Bréfritari: Lárus Bjarnason
Dagsetning: A-1874-08-29
Skrifað á: Vesturheimi

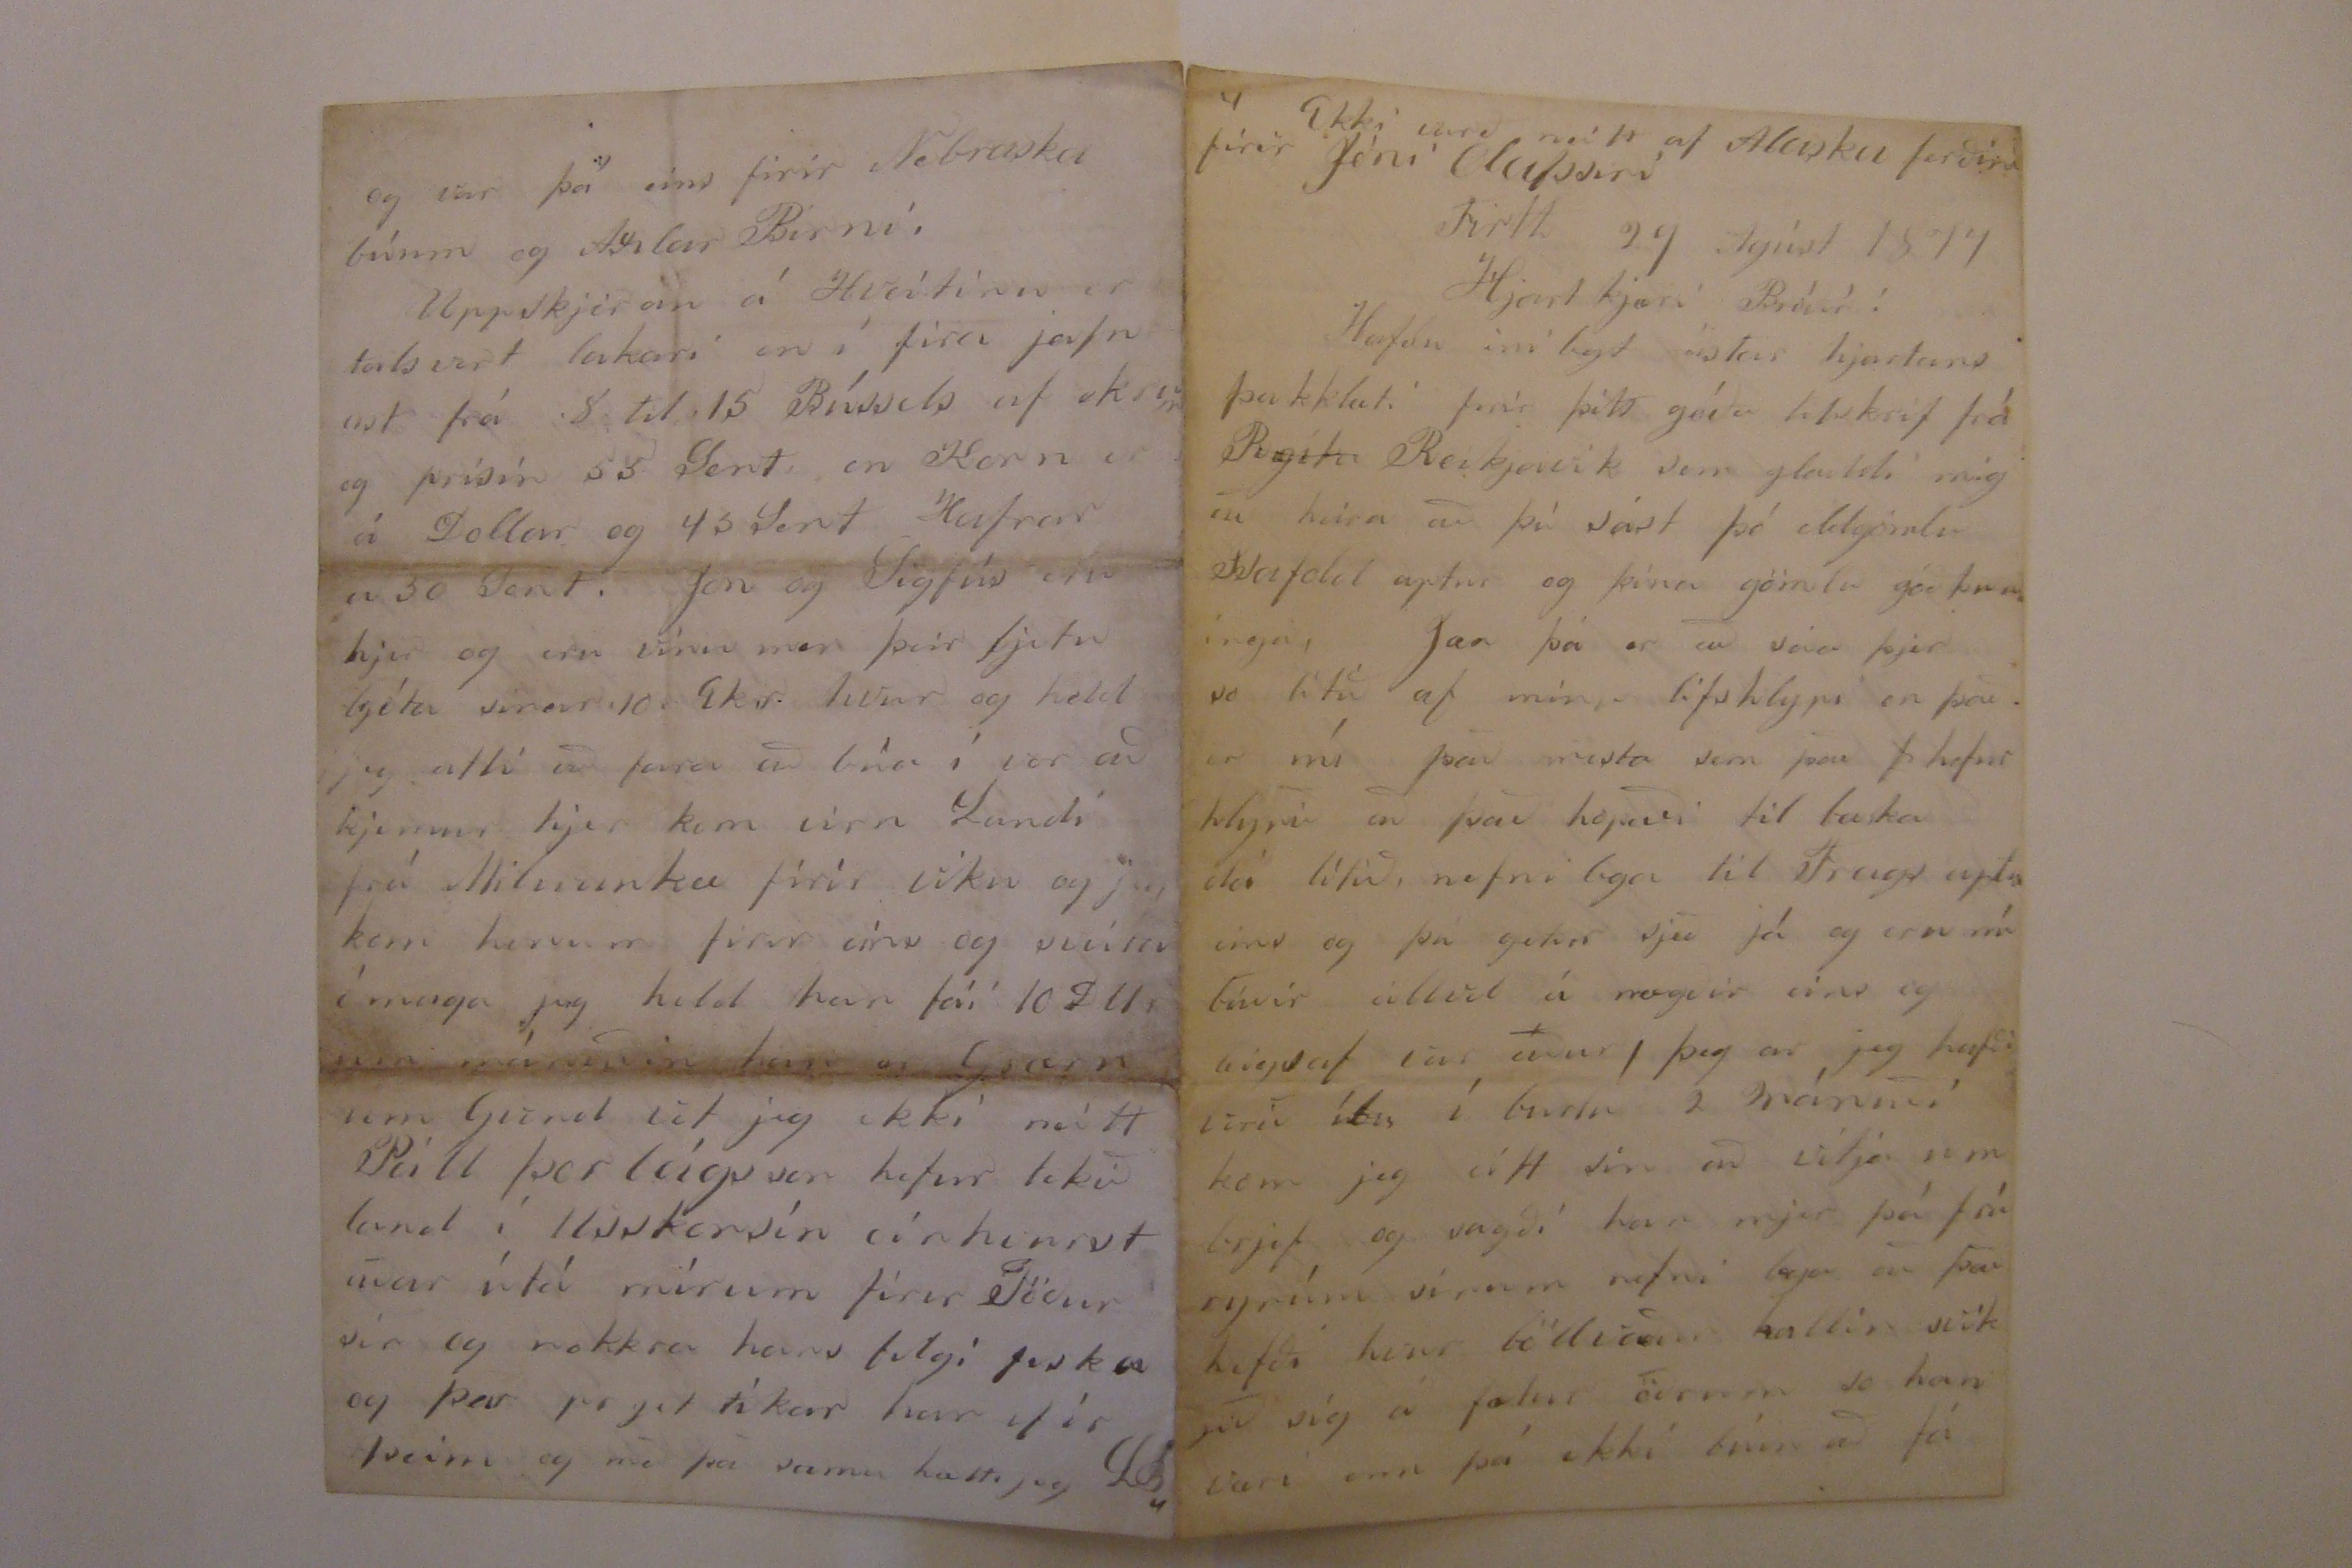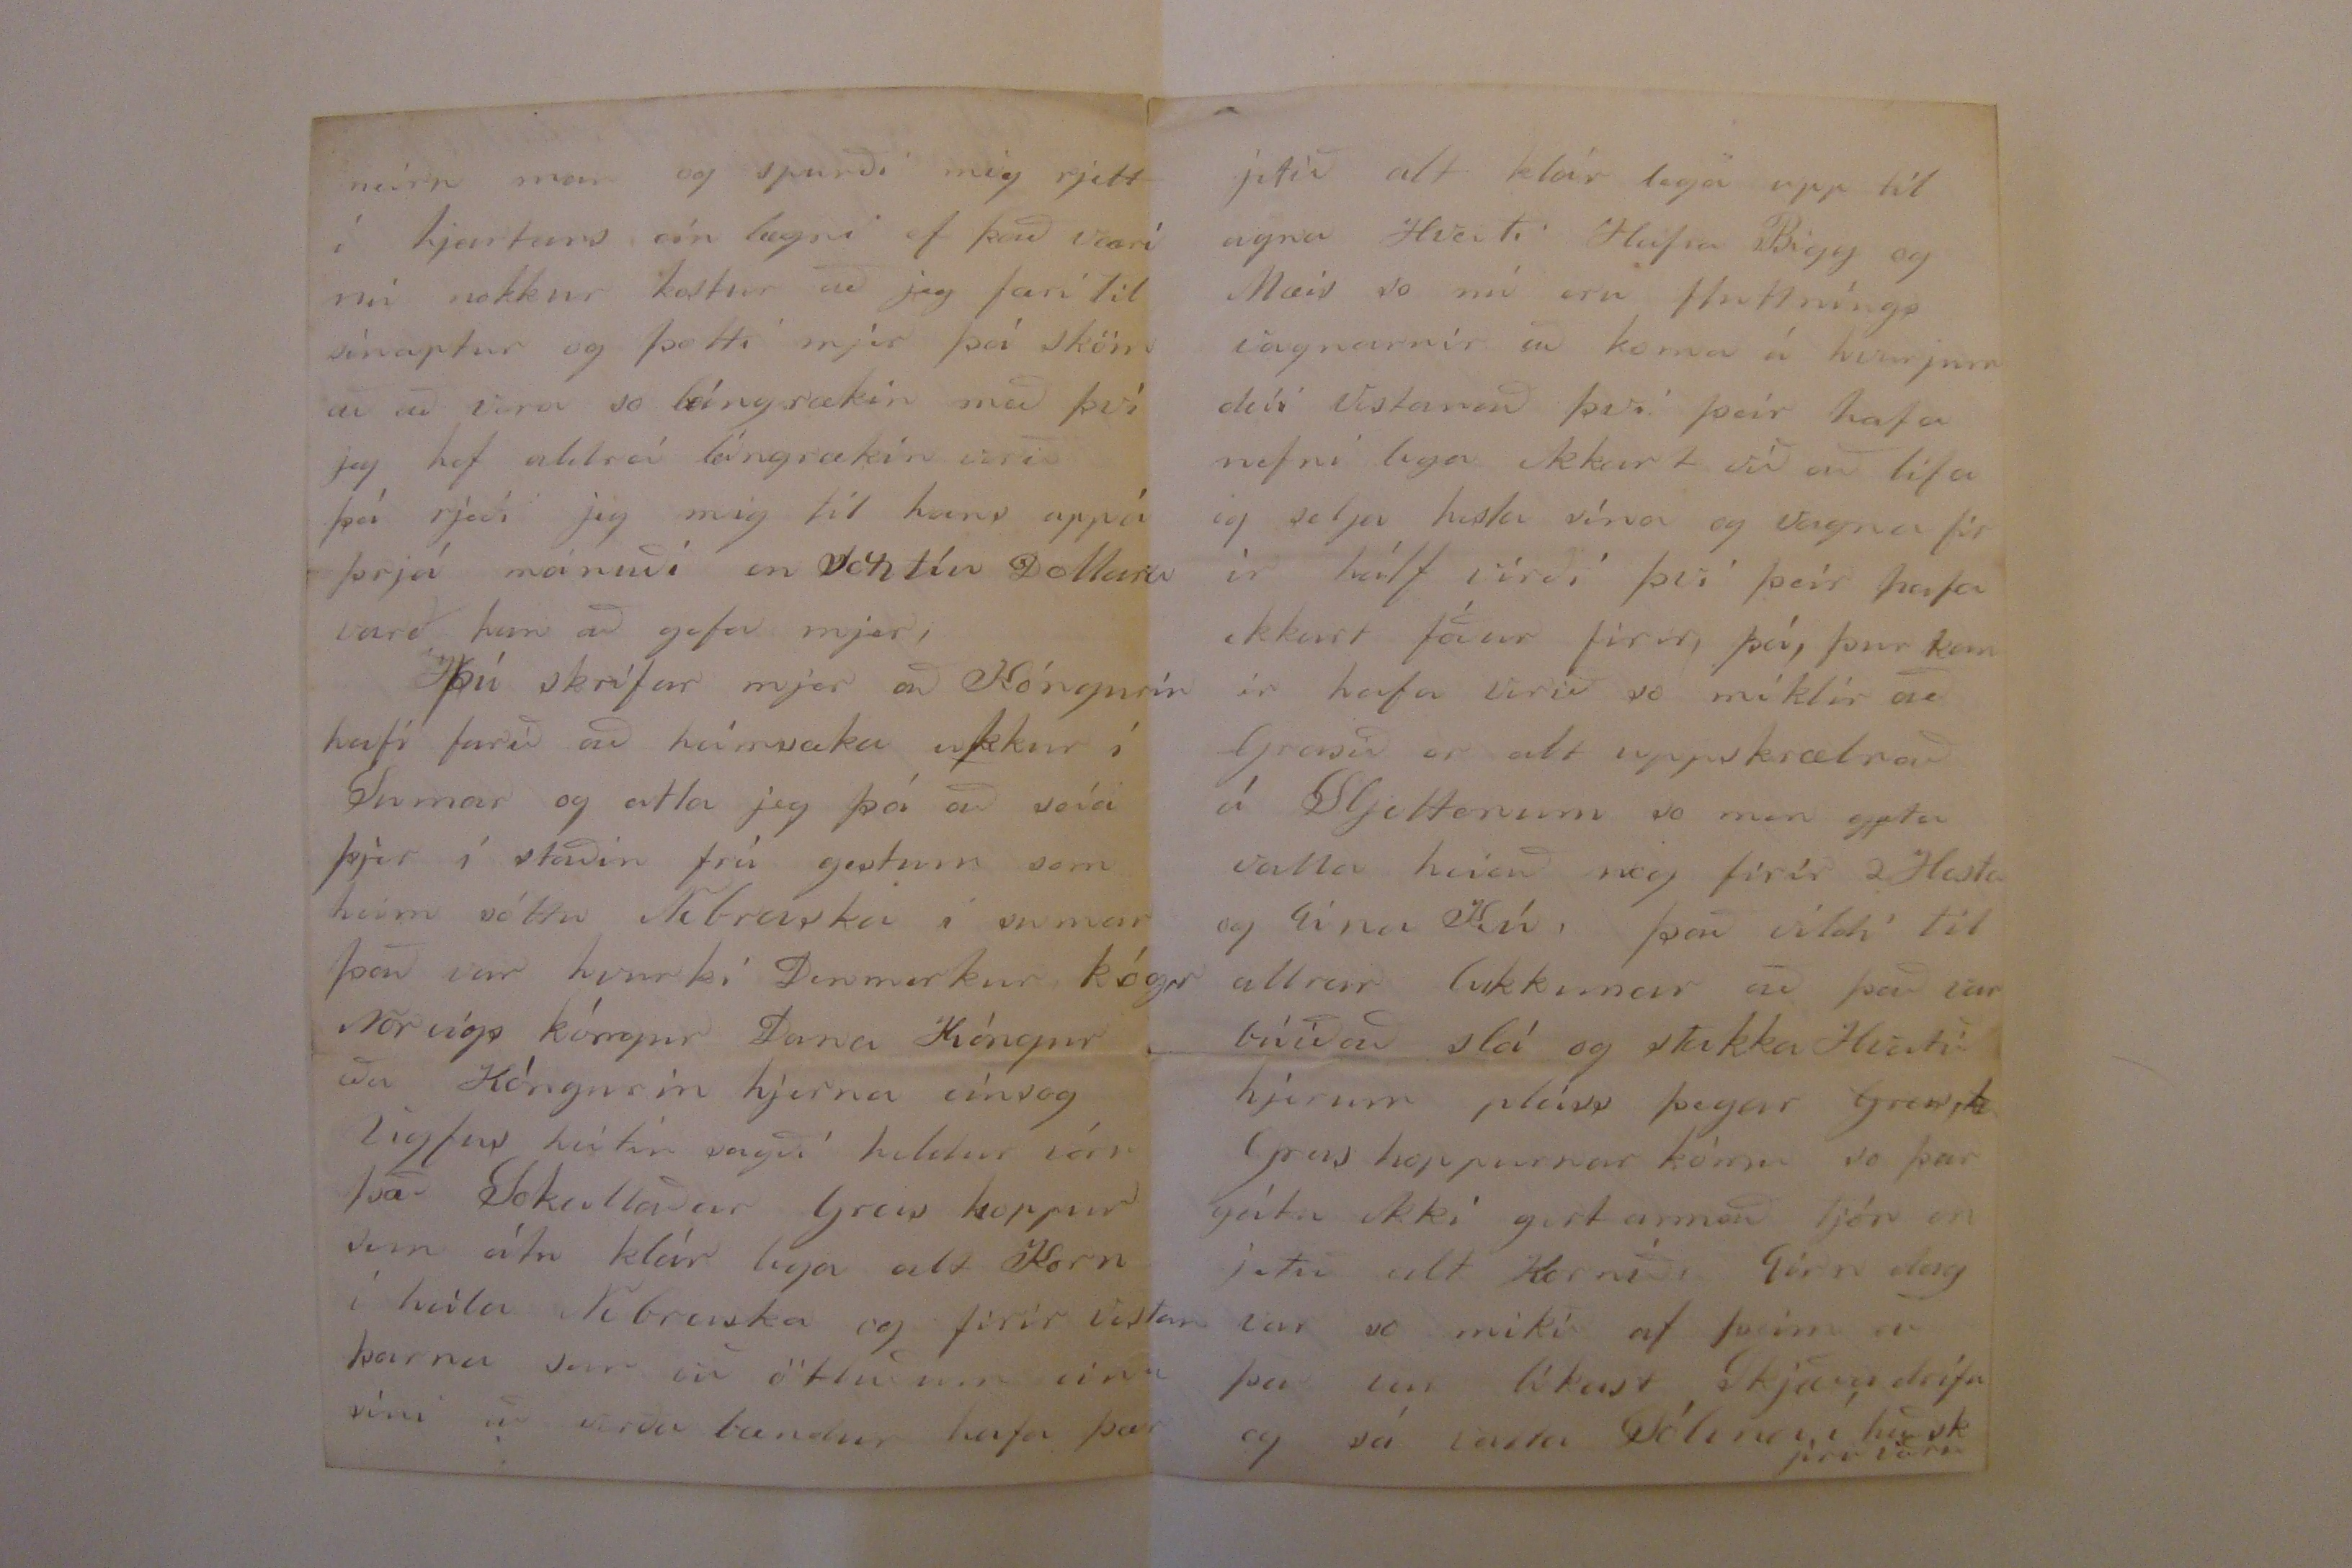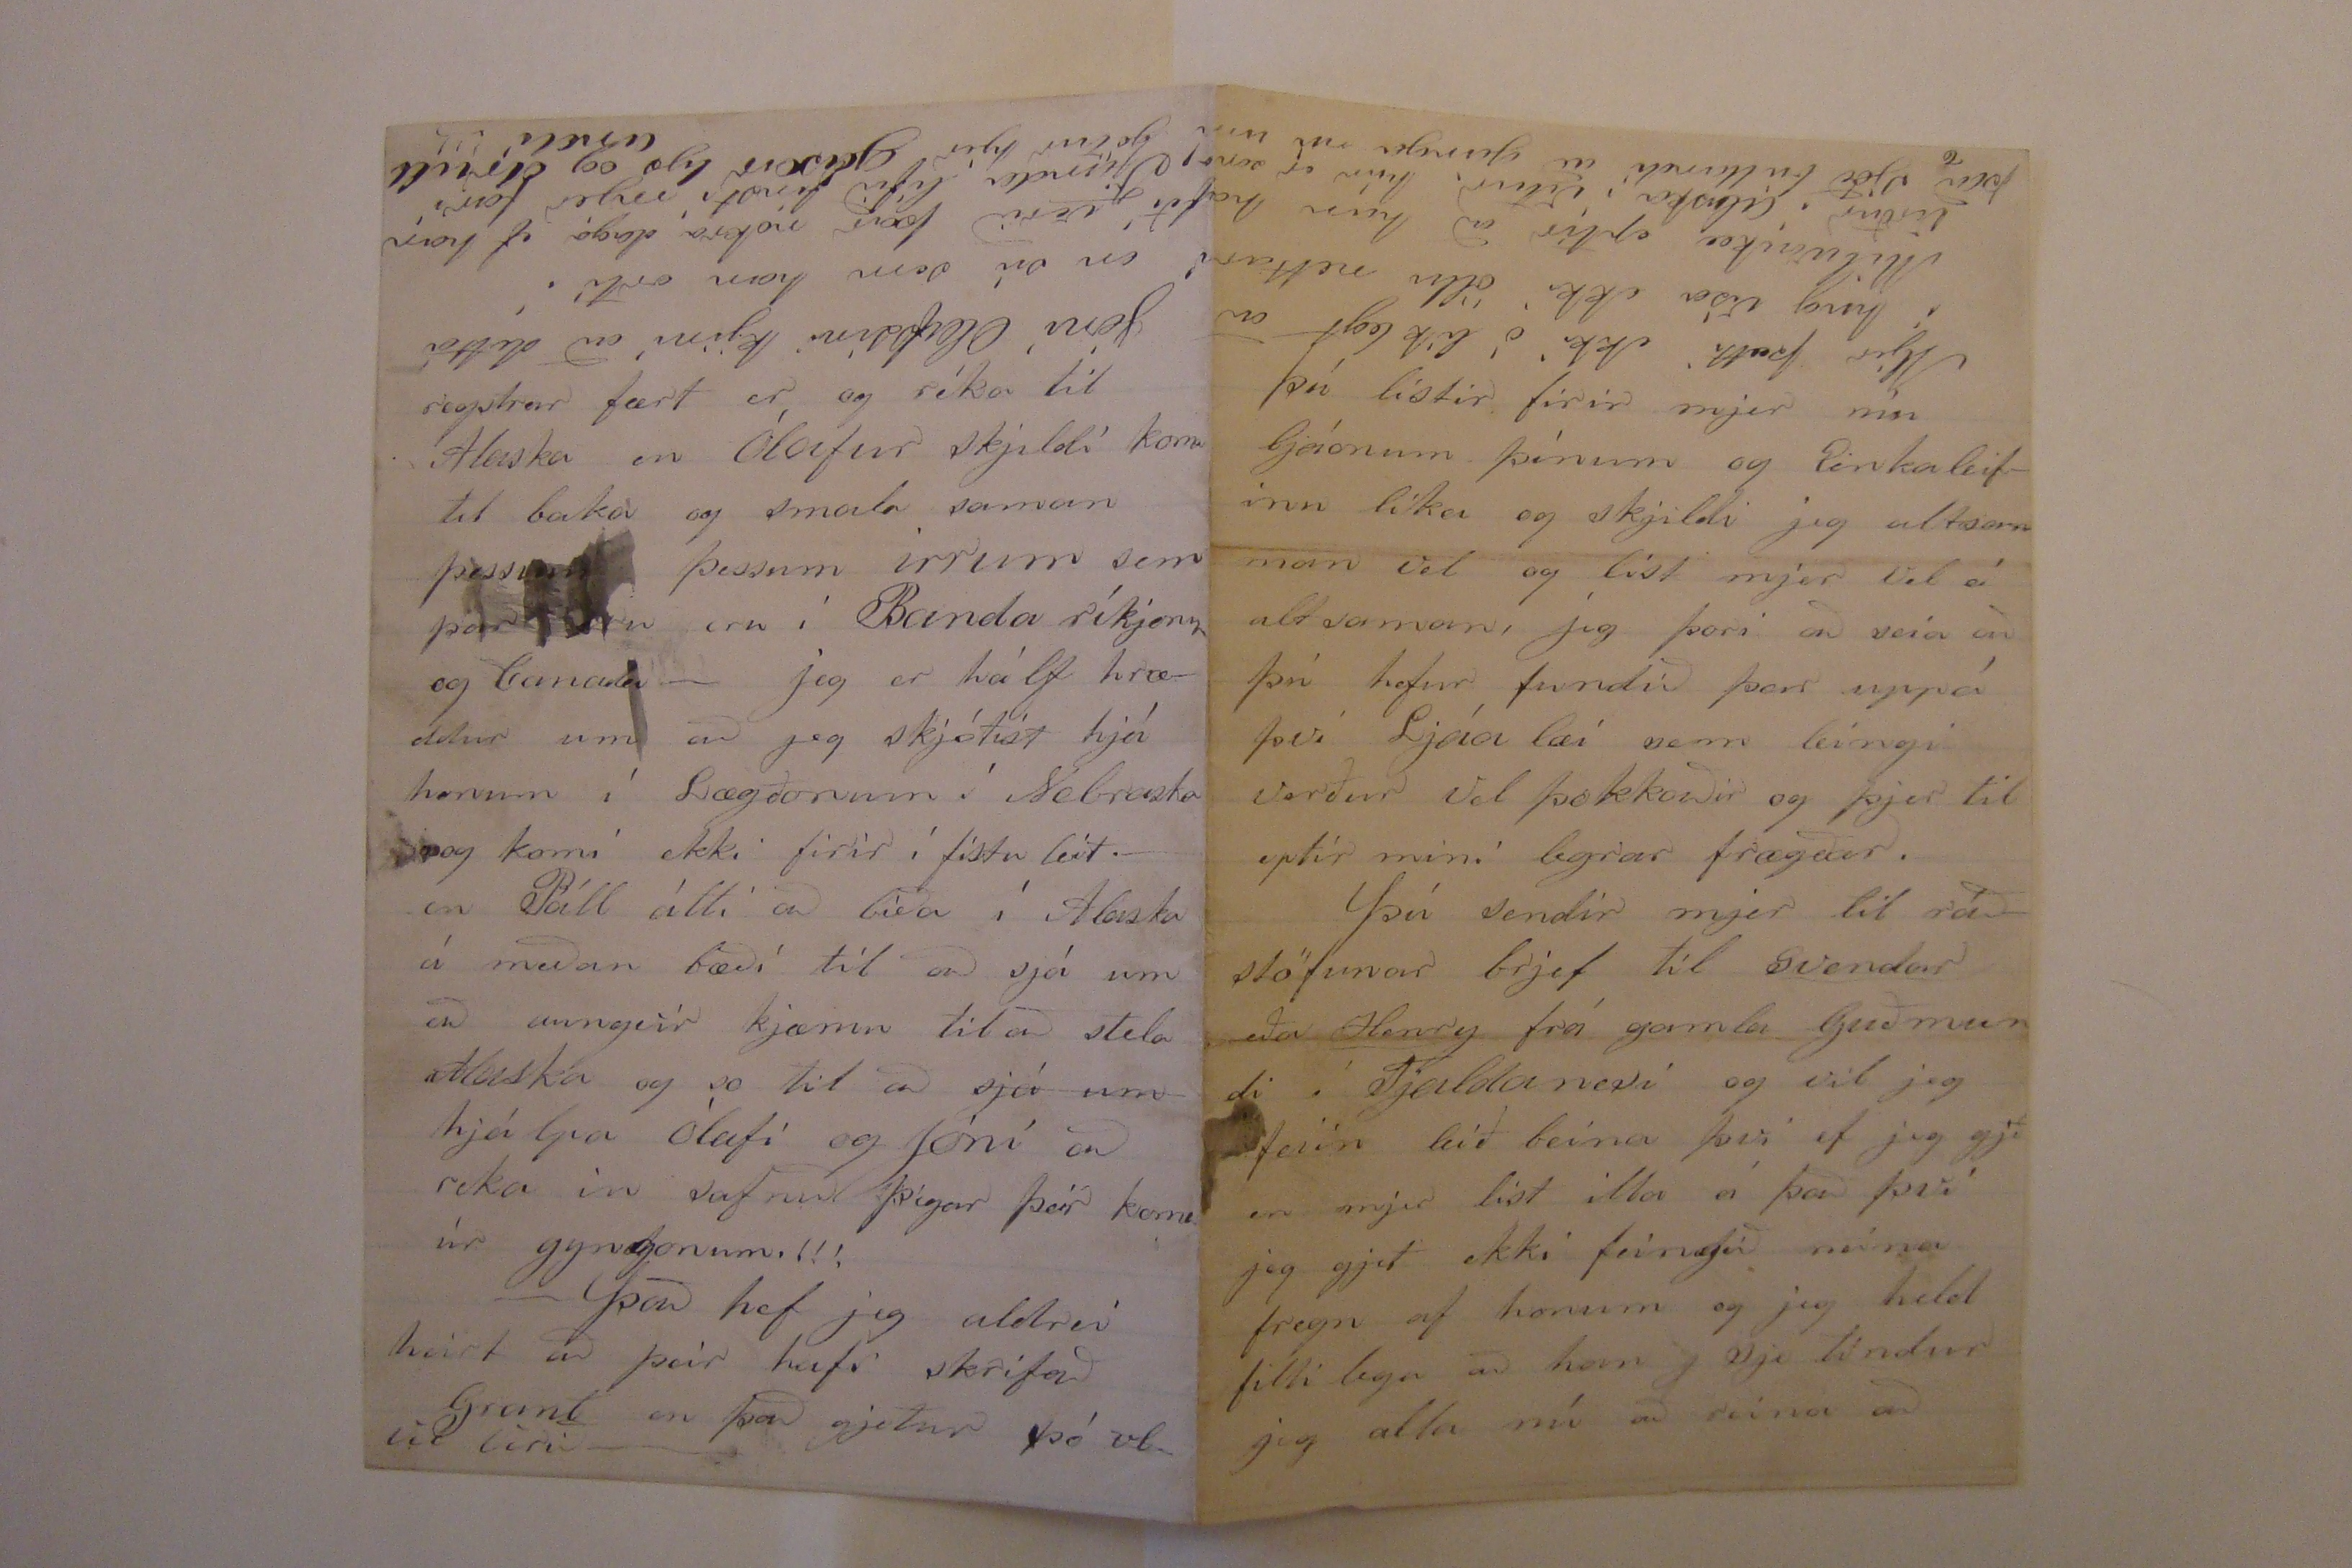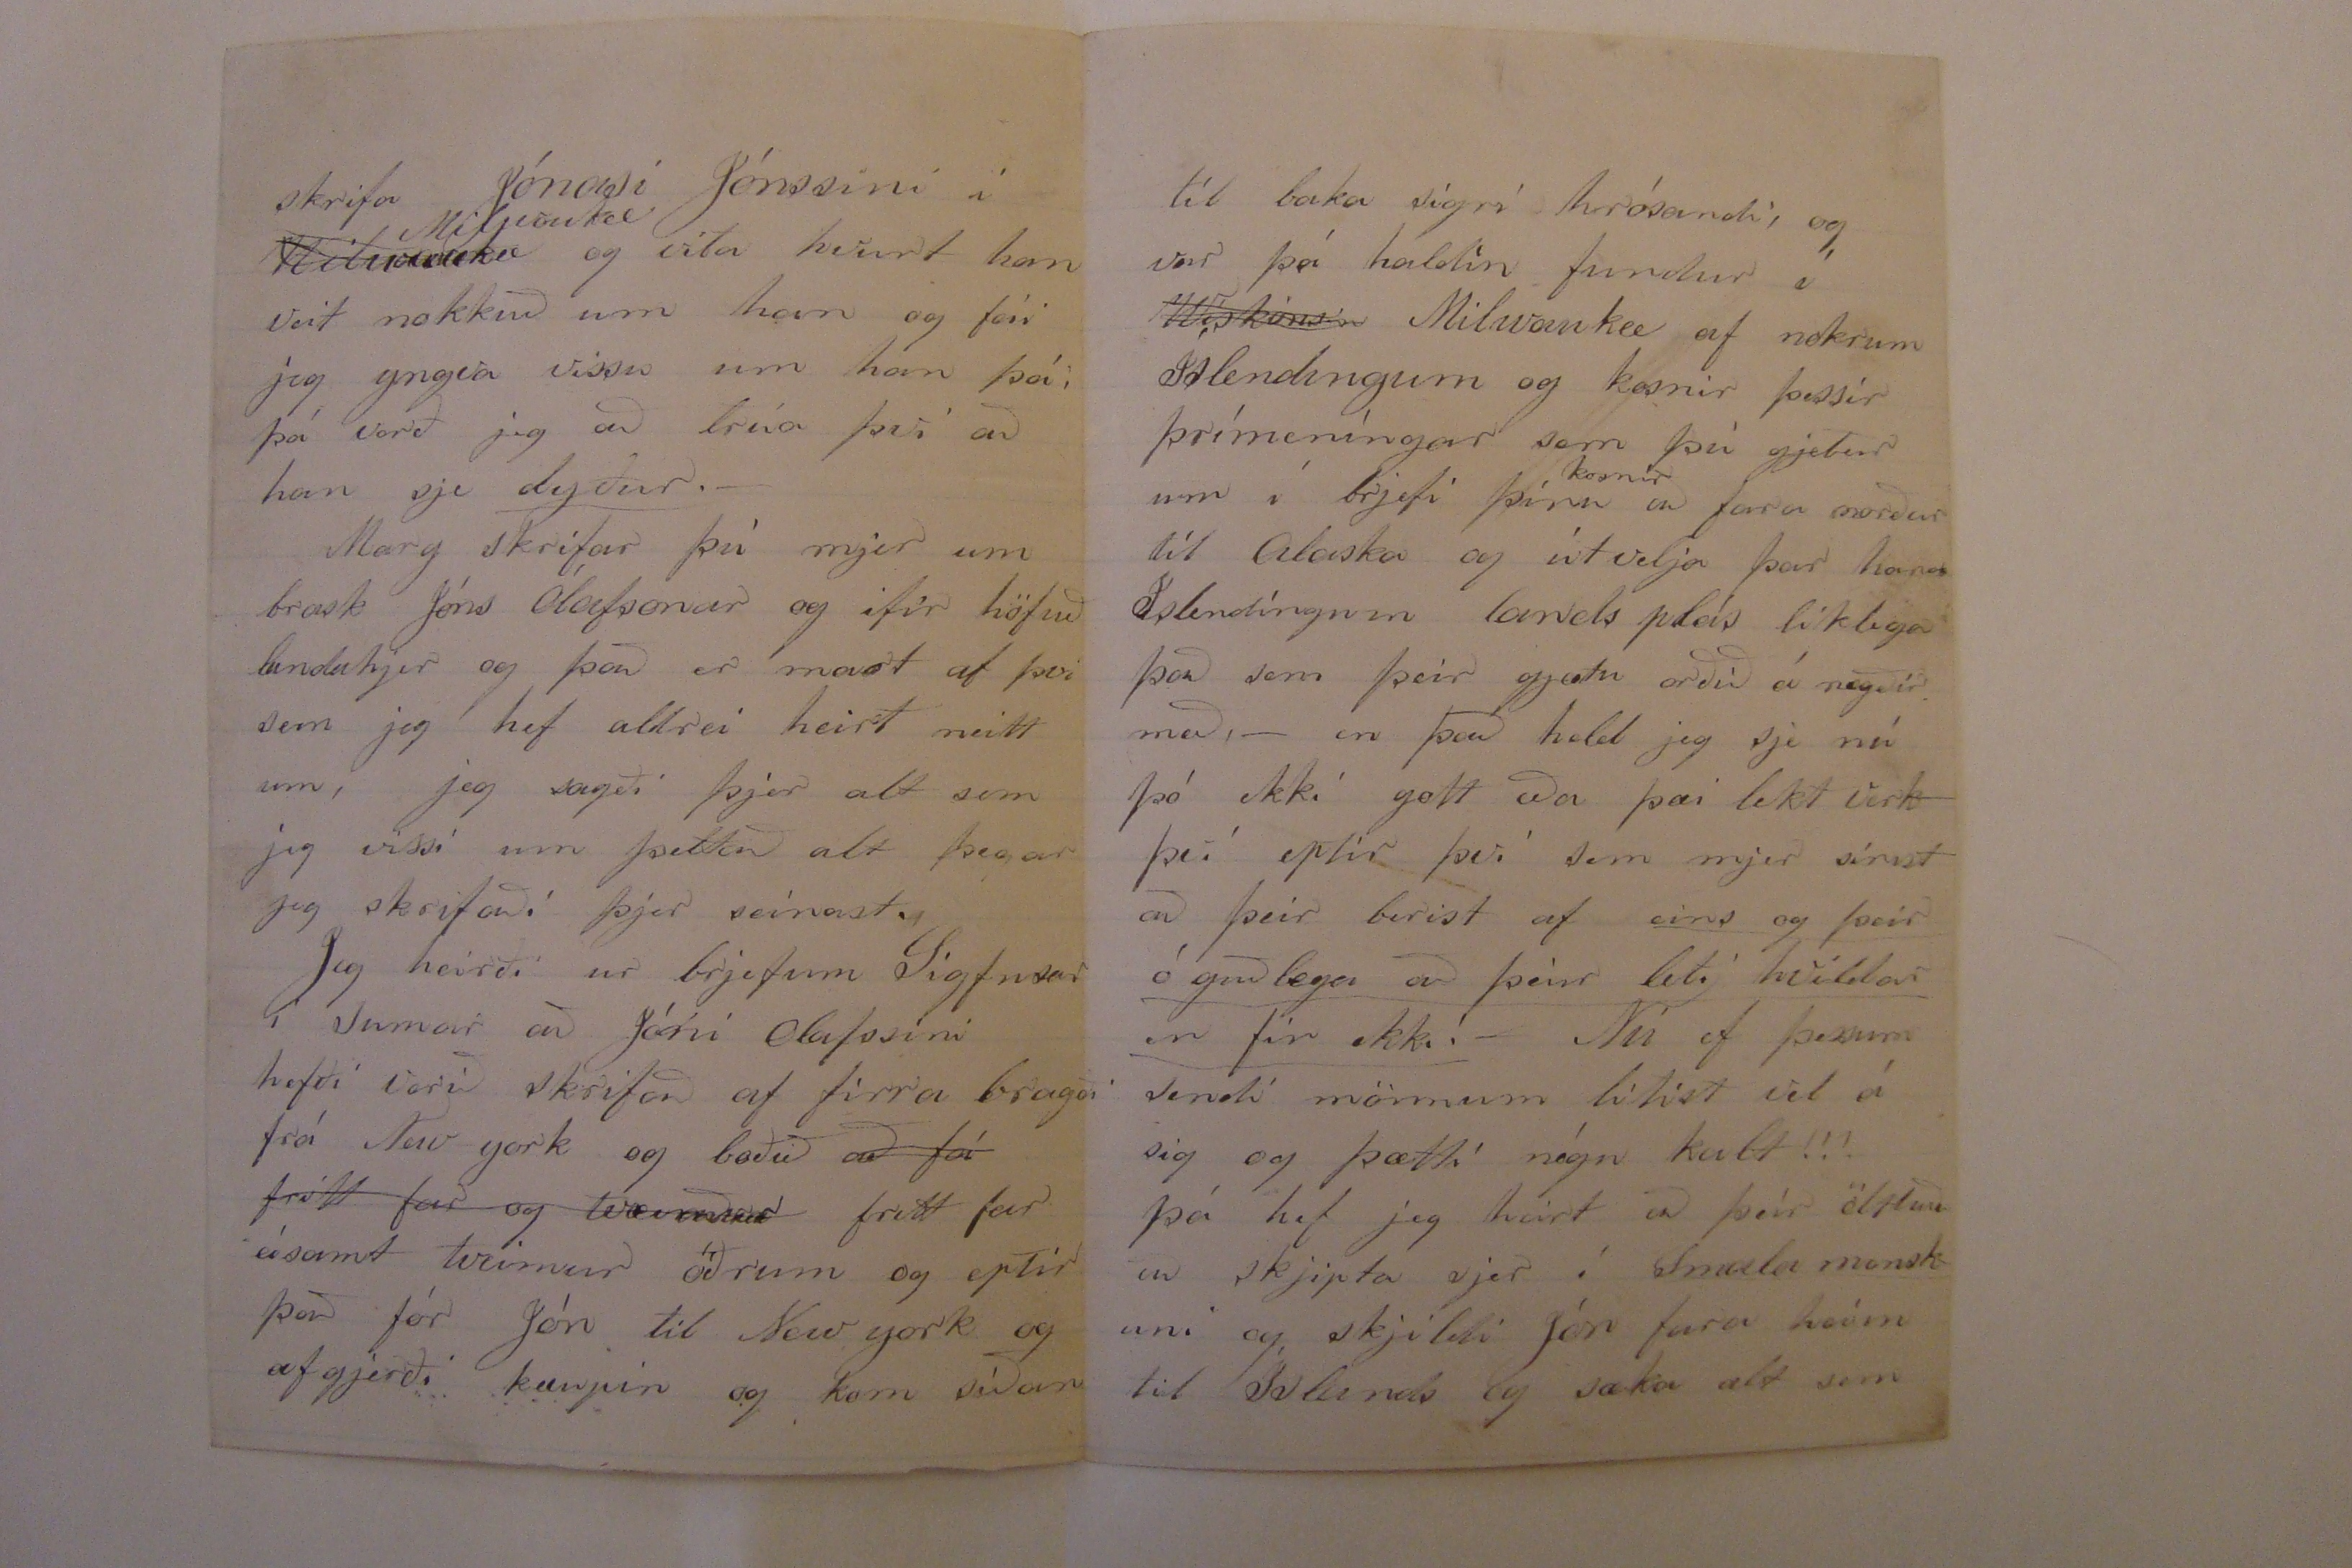

Ekki varð neitt af Alaska ferðinin firir Jóni Olafssini
Hjartkjæri Bróðir!
Hafðu inilegt ástar hjartans þakklæti firir þitt góða tilskrif frá
Regika
Reikjavík sem gladdi mig að heira að þú sást þó eldgömlu Isafold aptur og þína gömlu góðkuninga, Jæa þá er að seia þjer so lítið af mínu lífshlypi en það er nú það mesta sem það
þ
hefur hlypið að það hopaði til baka dá lítið, nefnilega til Frags aptur eins og þú getur sjeð já og eru nú
bú0ir
allvel á nægðir eins og 00000 af var aður, þegar jeg hafði verið
íbu
í burtu 2 mánuði kom jeg eitt sin að vitja um brjef og sagði han mjer þá frá
ryrum
sínum nefni lega að það hefði hvur bölvaður kallin svikið sig á fætur öðrum so han væri enn þá ekki buin að fá
neirn man og spurði mig rjett í hjartans ein lægni ef það væri nú nokkur kostur að jeg færi til sín aptur og þotti mjer þá sköm að að vera so lángrækin með því jeg hef aldrei lángrækin verið þá rjeði jeg mig til hans uppá þrjá mánuði en sextíu Dollara varð han að gefa mjer,
þú skrifar mjer að Kóngurin hafi farið að heimsaka ukkur í Sumar og atla jeg þá að seía þjer í staðin frá gestum sem heim sóttu Nebraska í sumar það var hvurki Danmerkur kógur Norvígs kóngur Dana Kóngur eða Kóngurin hjerna einsog Sigfus heitin sagði heldur vóru það Sokallaðar Gras hoppur sem átu klár lega alt Korn í heila Nebraska og firir vestan þarna sem að ötluðum einu sini að verða bændur hafa þær
jetið alt klár lega upp til agna Hveiti Hafra Bigg og Mais so nú eru fluttníngs vagnarnir að koma á hvurjum deii vestanað því þeir hafa nefni lega ekkert við að lifa og selja hesta sína og vagna firir hálf virði því þeir hafa ekkert fóður firir því þurkarnir hafa verið so miklir að Grasið er alt uppskrælnað á Sljettonum so men gjeta valla heiað nog firir 2 Hesta og Eina Kú, það vildi til allrar lukkunar að það var búið að slá og stakka Hveiti hjerum pláss þegar
Gras00
Gras hoppurnar kómu so þær gátu ekki gert annað tjón en jetið alt Kornið, Eirn dag var so mikið af þeim að það var líkast
Skjaða
drífu og sá valla Sólina í heðskjiru veðri
og var þá eins firir Nebraska búum og Axlar Birni.
Uppskjeran á Hveitinu er talsvert lakari en í fira jafnast frá 8 til 15 Bússels af ekrum og prisin 55 Sent en Korn er á Dollar og 45 Sent Hafrar er 30 Sent. Jon og Sigfús eru hjer og eru vinu men þeir ljetu
bjóta
sínar 10. Ekr hvur og held jeg atli að fara að búa í vor að kjemur hjer kom eirn Landi frá Milwaukee firir viku og jeg kom honum firir eins og
sveita
ómaga jeg held han fái 10 Dllr um mánuðin han er 000arn um Gvend vet jeg ekki neitt Páll þorlágsson hefur tekið land í
Usskonsín
einhvurstaðar útá mírum firir Föður sin og nokkra hans filgi fiska og þar prjetíkar han ifir þeim og með það sama hætti jeg LB
Þú lístir firir mjer níu ljáonum þínum og Einkaleifinu líka og skjildi jeg altsaman vel og líst mjer vel á altsaman, jeg þori að seia að þú hefur fundið þar uppá því Ljáa læi sem leingi verður vel þokkaðir og þjer til eptir mini legrar frægðar.
Þú sendir mjer til ráðstöfunar bjref til
Gvendar
eða
Henry
frá gamla Guðmundi í Tjaldanesi og vil jeg feiin leið beina því ef jeg gje
t
en mjer líst illa á það því jeg gjet ekki feingið neina fregn af honum og jeg held fillilega að han sje tíndur jeg atla nú að reina að
Mjer þætti ekki ó líklegt að Jóni Ólafssini kjini að detta í hug vísa ekki öllu nettar en sú sem han orti í Milwaukee eptir að han hafði verið þar nokra daga ef han verður í alaska í vetur. hún er sona, Fjanda lífið finst í mjer fari það sjeð bullandi að geingu nú um í getur hjer g0000 lys og drullandi!!!
skrifa Jónasi Jónssini í
Milwaukee
Milwaukee
og vita hvurt han veit nokkuð um han og fái jeg yngva vissu um han þá þá verð jeg að trúa því að hann sje
dyður.
Marg skrifar þú mjer um brask Jóns Ólafsonar og ifir höfuð landa hjer og það er mart af því sem jeg hef aldrei heirt neitt um, jeg sagði þjer alt sem jeg vissi um þettað alt þegar jeg skrifaði þjer seinast.
Jeg heirði ur brjefum Sigfusar í sumar að Jóni Olafsini hefði verið skrifað af firra bragði frá New york og boðið
að fá frítt far og tvæ0000
frítt far ásamt tveimur öðrum og eptir það fór Jón til New york og afgjerði kaupin og kom síðan til
til baka sigri hrósandi og var þá haldin fundur í
Wiskonsin
Milwaukee af nokrum Íslendingum og kosnir þessir þrímeníngar sem þú gjetur um í brjefi þínu
kosnir
að fara norður til Alaska og útvelja þar handa Islendingum lands plás líklega það sem þeir gjætu orðið á nægðir með, - en það held jeg sje nú þó ekki gott eða þæi lekt verk því eptir því sem mjer sínist að þeir berist af
eins og þeir ó guðlegu að þeir leti hvíldar en fir ekki.
- Nú ef þessum sendi mönnum litist vel á sig og þætti nógu kalt!!! þá hef jeg heirt að þeir öttluðu að skjipta sjer í Smala menskuni og skjildi Jón fara heim til Íslands og sæka alt sem
regstrar fært er og
ríka
til Alaska en Ólafur skjildi koma til baka og smala saman þessum þessum irrum sem þar eru í Banda ríkjonum og Canada jeg er hálf hræddur um að jeg skjótist hjá honum í Lægðonum í Nebraska og komi ekki firir í fistu leit en Páll átti að bíða í Alaska á meðan bæði til að sjá um að aungvir kjæmu til að stela Alaska og so til að
sjá um
hjálpa Ólafi og Jóni að reki in safnið þegar þeir komu úr gyngonum!!!
Það hef jeg aldrei heirt að þeir hafi skrifað Grant en það gjetur þó
vl
vel verið